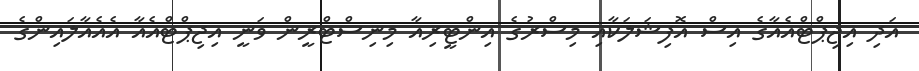
އަދި އިޖިޕްޓްއެއާގެ އިސް އޮފިޝަލަކާއި މިސްރުގެ އިންޓީރިއާ މިނިސްޓްރީން ވަނީ އިޖިޕްޓްއެއާ އެއެއާލައިންގެ